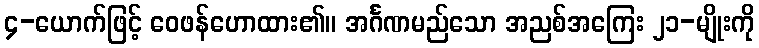
၄-ယောက်ဖြင့် ဝေဖန်ဟောထား၏။ အင်္ဂဏမည်သော အညစ်အကြေး ၂၁-မျိုးကို